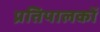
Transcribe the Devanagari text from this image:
प्रतिपालकों